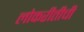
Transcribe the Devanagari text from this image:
लोकरीतीची